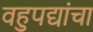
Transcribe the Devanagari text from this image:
वहुपद्यांचा